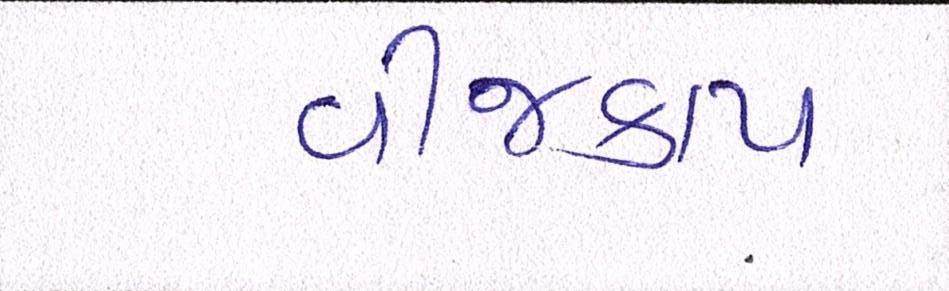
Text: વીજકાપ